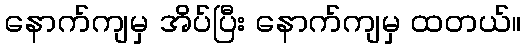
နောက်ကျမှ အိပ်ပြီး နောက်ကျမှ ထတယ်။